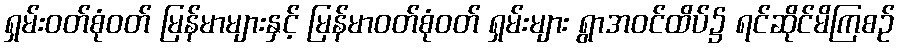
ရှမ်းဝတ်စုံဝတ် မြန်မာများနှင့် မြန်မာဝတ်စုံဝတ် ရှမ်းများ ရွာအဝင်ထိပ်၌ ရင်ဆိုင်မိကြစဉ်